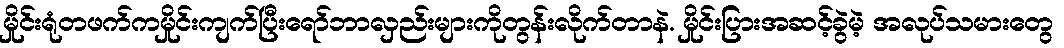
မှိုင်းရုံတဖက်ကမှိုင်းကျက်ပြီးရော်ဘာလှည်းများကိုတွန်းလိုက်တာနဲ. မှိုင်းပြားအဆင့်ခွဲမဲ့ အလုပ်သမားတွေ